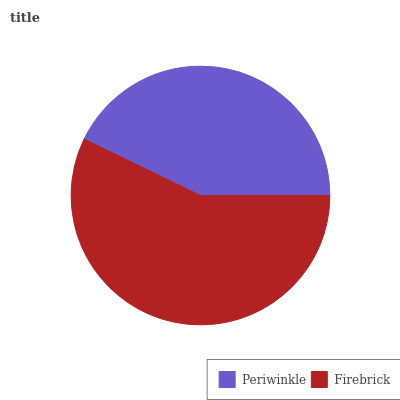
| Periwinkle | Firebrick |
 | --- | --- |
 | 42.8% | 57.2% |